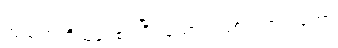
အသက်တိုသူနှင့်စပ်ပြီး သောကဖြစ်ရတာကတော့